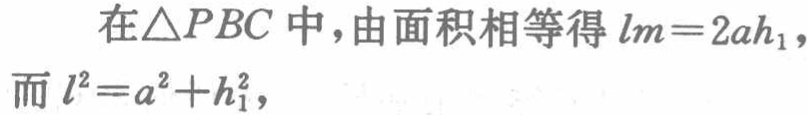
在\(\triangle PBC\)中，由面积相等得\(lm = 2ah_{1}\)，

而\(l^{2}=a^{2}+h_{1}^{2}\)，